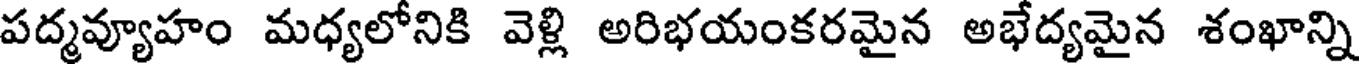
పద్మవ్యూహం మధ్యలోనికి వెళ్లి అరిభయంకరమైన అభేద్యమైన శంఖాన్ని